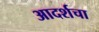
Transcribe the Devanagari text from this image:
आदर्शचा